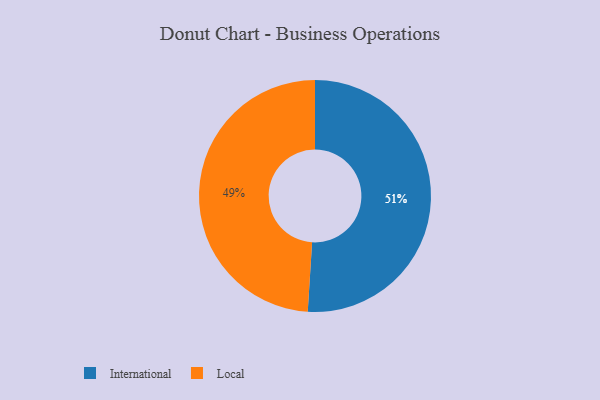
{"axis": {"x": "Category", "y": "Percentage"}, "legend": ["International", "Local"], "data": [{"x": "Local", "y": 49, "type": "Local"}, {"x": "International", "y": 51, "type": "International"}]}